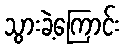
သွားခဲ့ကြောင်း